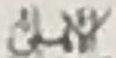
الأهلى